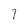
Character: 7